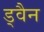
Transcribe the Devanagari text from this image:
ड्वैन